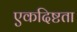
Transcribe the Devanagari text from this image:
एकदिष्टता